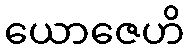
ယောဇေဟိ